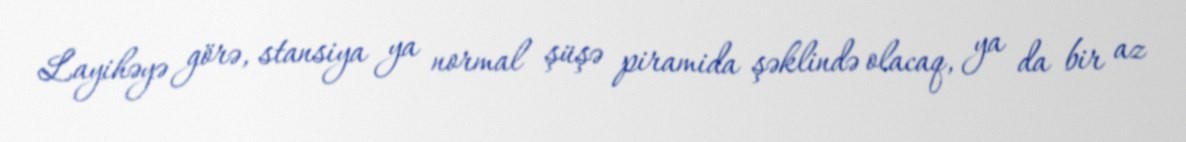
Layihəyə görə, stansiya ya normal şüşə piramida şəklində olacaq, ya da bir az